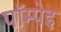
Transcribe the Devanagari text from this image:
पॉम्पेइ